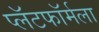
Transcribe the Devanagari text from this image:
प्लॅटफॉर्मला